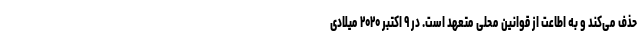
حذف می‌کند و به اطاعت از قوانین محلی متعهد است. در ۹ اکتبر ۲۰۲۰ میلادی